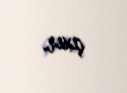
çıxır.